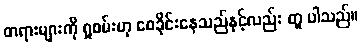
တရားများကို ရှုစမ်းဟု စေခိုင်းနေသည်နှင့်လည်း တူ ပါသည်။